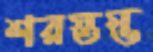
শরস্তম্ভ